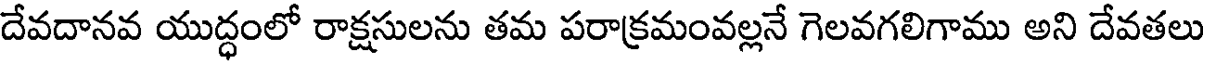
దేవదానవ యుద్ధంలో రాక్షసులను తమ పరాక్రమంవల్లనే గెలవగలిగాము అని దేవతలు